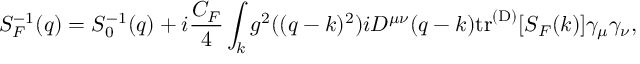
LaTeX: S _ { F } ^ { - 1 } ( q ) = S _ { 0 } ^ { - 1 } ( q ) + i \frac { C _ { F } } { 4 } \int _ { k } g ^ { 2 } ( ( q - k ) ^ { 2 } ) i D ^ { \mu \nu } ( q - k ) \mathrm { t r } ^ { \mathrm { ( D ) } } [ S _ { F } ( k ) ] \gamma _ { \mu } \gamma _ { \nu } ,